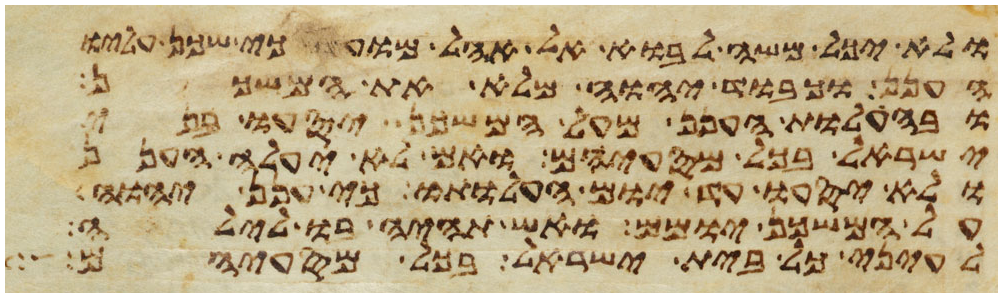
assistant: ולא יכל משה לבוא אל אהל מועד כי שכן עליו
הענן וכבוד יהוה מלא את המשכן
ובהעלות הענן מעל המשכן יסעו בני
ישראל בכל מסעיהם ואם לא יעלה הענן
לא יסעו עד יום העלותו כי ענן יהוה
על המשכן יומם ואש תהיה בו לילה
לעיני כל בית ישראל בכל מסעיהם